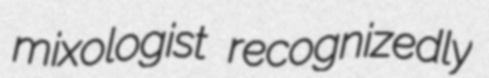
mixologist recognizedly